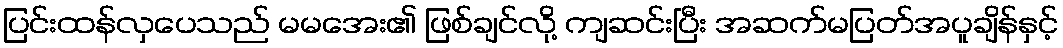
ပြင်းထန်လှပေသည် မမအေး၏ ဖြစ်ချင်လို့ ကျဆင်းပြီး အဆက်မပြတ်အပူချိန်နှင့်